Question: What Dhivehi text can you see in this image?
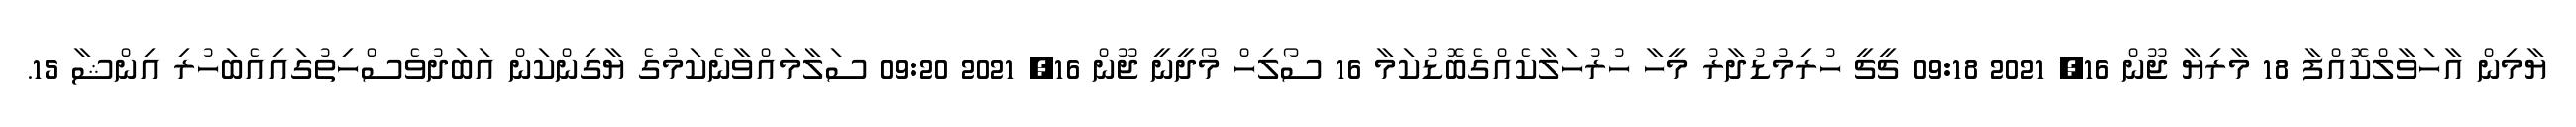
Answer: ޔާމިން އާހަވާލްކޮއްފާ 18 މާރިޔާ ޖޫން 16, 2021 09:18 ޗީޗީ ހުރިމުޑުދާރު މީހާ ހުރުހަލާކެއްގެބޮޑުކަމާ 16 ސޯލިހް މޯދީނީ ޖޫން 16, 2021 09:20 ސަލާމައްވާނެކަމުގެ ޔާގިންކަން އަބަދުވެސްހިތުގައިއެބަހުރި އިންޝާ 15.